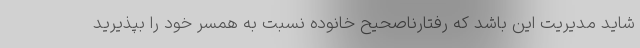
شاید مدیریت این باشد که رفتارناصحیح خانوده نسبت به همسر خود را بپذیرید